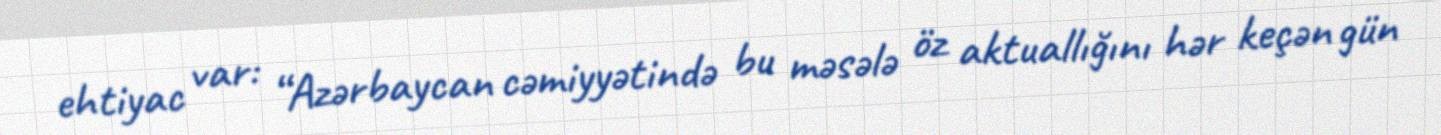
ehtiyac var: “Azərbaycan cəmiyyətində bu məsələ öz aktuallığını hər keçən gün